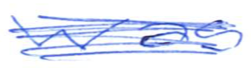
Text: was
Cross-out: scratch
Writing tool: ballpoint